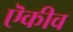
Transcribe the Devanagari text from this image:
ऎकीव